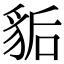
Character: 𧲿